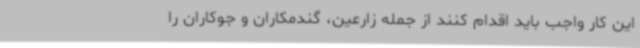
این کار واجب باید اقدام کنند از جمله زارعین، گندمکاران و جوکاران را